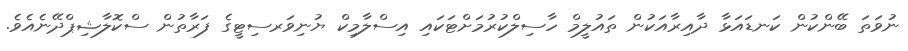
ނުވަތަ ބޭންކުން ކަނޑައަޅާ ދާއިރާއަކުން ތައުލީމް ހާސިލްކުރުމަށްޓަކައި އިސްލާމިކް ޔުނިވަރސިޓީގެ ފަރާތުން ސްކޮލާޝިޕްދޭނެއެވެ.